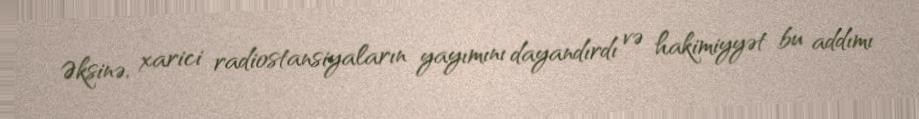
Əksinə, xarici radiostansiyaların yayımını dayandırdı və hakimiyyət bu addımı